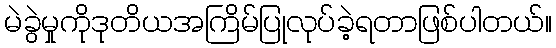
မဲခွဲမှုကိုဒုတိယအကြိမ်ပြုလုပ်ခဲ့ရတာဖြစ်ပါတယ်။